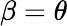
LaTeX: \beta=\theta